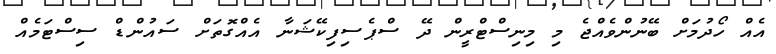
އެއް ހޯދުމަށް ބޭނުންވެއްޖެ މި މިނިސްޓްރީން ދޭ ސްޕެސިފިކޭޝަނާ އެއްގޮތަށް ސައުންޑް ސިސްޓަމެއް